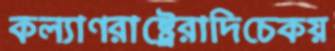
কল্যাণরাষ্ট্রেরাদিচেকয়